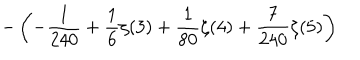
\displaystyle - \left( - \frac { 1 } { 2 4 0 } + \frac { 1 } { 6 } \zeta ( 3 ) + \frac { 1 } { 8 0 } \zeta ( 4 ) + \frac { 7 } { 2 4 0 } \zeta ( 5 ) \right)